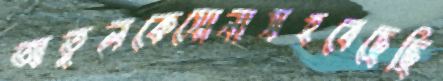
অতুলকেসোনাসহবেছেছি